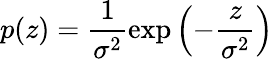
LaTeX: p(z)=\frac{1}{\sigma^{2}}\exp\left(-\frac{z}{\sigma^{2}}\right)